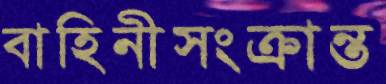
বাহিনীসংক্রান্ত